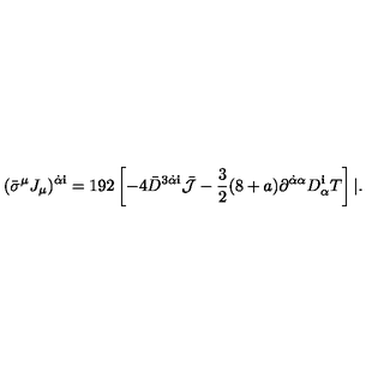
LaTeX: ( { \bar { \sigma } } ^ { \mu } J _ { \mu } ) ^ { \dot { \alpha } { \mathbf i } } = 1 9 2 \left[ - 4 { \bar { D } } ^ { 3 \dot { \alpha } { \mathbf i } } { \bar { \cal J } } - \frac { 3 } { 2 } ( 8 + a ) \partial ^ { \dot { \alpha } \alpha } D _ { \alpha } ^ { \mathbf i } T \right] | .